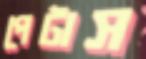
পেটাস